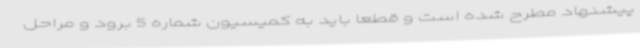
پیشنهاد مطرح شده است و قطعاً باید به کمیسیون شماره 5 برود و مراحل